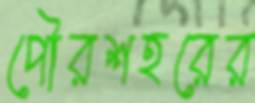
পৌরশহরের